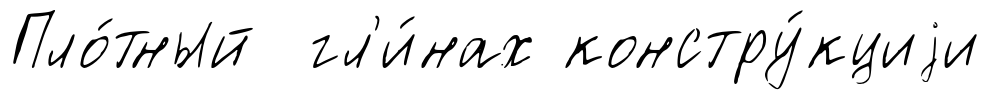
Пло́тный гл'и́нах констру́кциjи